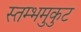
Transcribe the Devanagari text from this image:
स्तम्भमुकुट